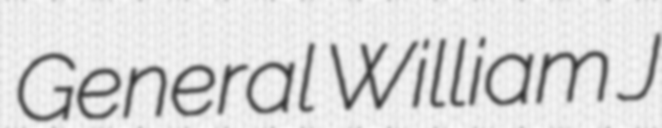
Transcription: General William J